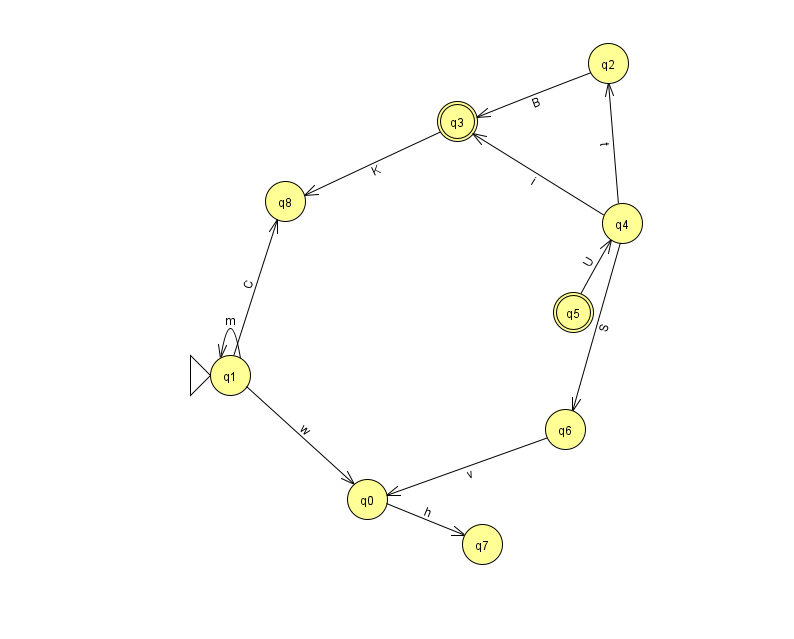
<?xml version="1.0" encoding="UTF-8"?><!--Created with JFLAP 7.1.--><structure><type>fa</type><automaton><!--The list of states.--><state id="0" name="q0"><x>367.0</x><y>486.0</y></state><state id="1" name="q1"><x>230.0</x><y>362.0</y><initial/></state><state id="2" name="q2"><x>608.0</x><y>50.0</y></state><state id="3" name="q3"><x>457.0</x><y>108.0</y><final/></state><state id="4" name="q4"><x>622.0</x><y>210.0</y></state><state id="5" name="q5"><x>573.0</x><y>299.0</y><final/></state><state id="6" name="q6"><x>565.0</x><y>416.0</y></state><state id="7" name="q7"><x>482.0</x><y>531.0</y></state><state id="8" name="q8"><x>285.0</x><y>188.0</y></state><!--The list of transitions.--><transition><from>4</from><to>3</to><read>i</read></transition><transition><from>4</from><to>6</to><read>S</read></transition><transition><from>4</from><to>2</to><read>t</read></transition><transition><from>3</from><to>8</to><read>K</read></transition><transition><from>1</from><to>8</to><read>C</read></transition><transition><from>5</from><to>4</to><read>U</read></transition><transition><from>0</from><to>7</to><read>h</read></transition><transition><from>1</from><to>1</to><read>m</read></transition><transition><from>2</from><to>3</to><read>B</read></transition><transition><from>6</from><to>0</to><read>v</read></transition><transition><from>1</from><to>0</to><read>w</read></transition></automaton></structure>